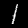
Digit: 1